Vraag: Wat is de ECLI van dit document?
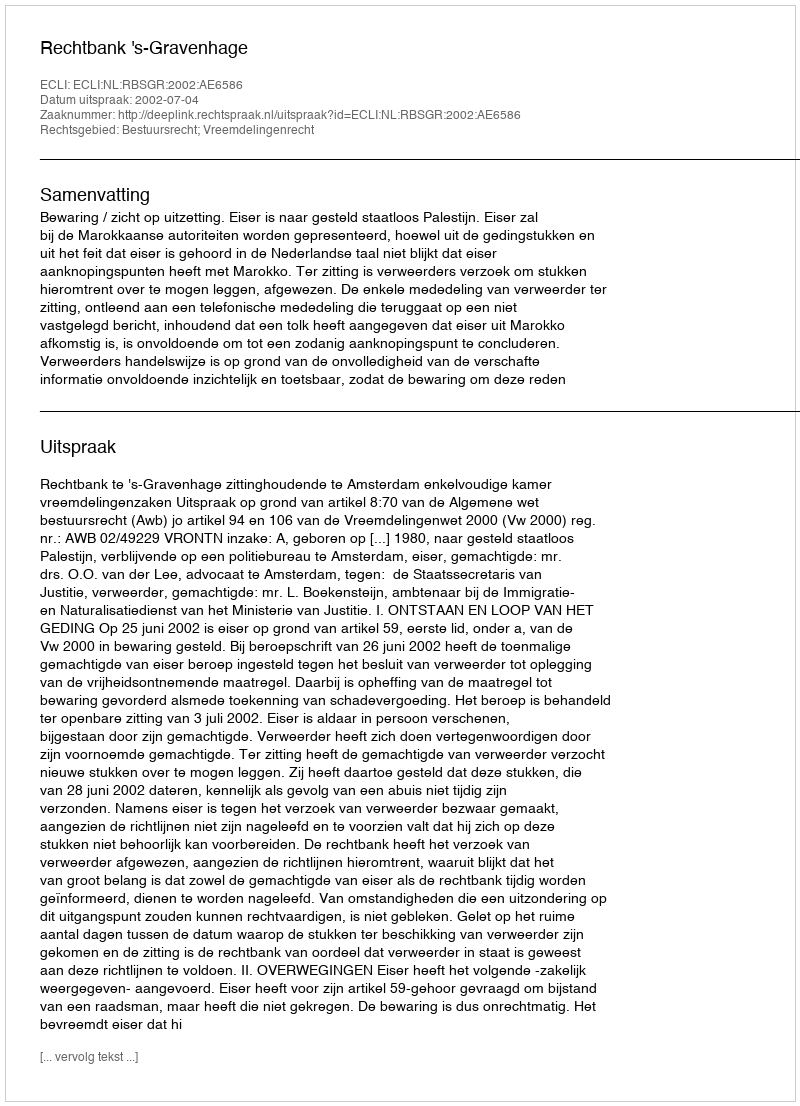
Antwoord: ECLI:NL:RBSGR:2002:AE6586